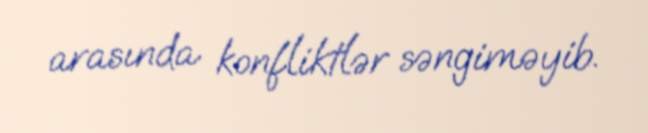
arasında konfliktlər səngiməyib.